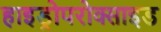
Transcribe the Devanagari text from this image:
हाइड्रोपरोक्साइड